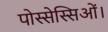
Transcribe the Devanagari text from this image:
पोस्सेस्सिओं।